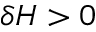
\delta H > 0